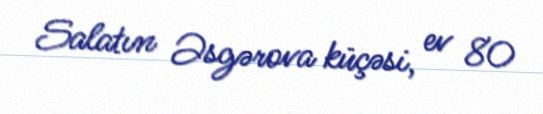
Salatın Əsgərova küçəsi, ev 80